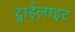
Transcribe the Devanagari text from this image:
ट्वाईलाइट